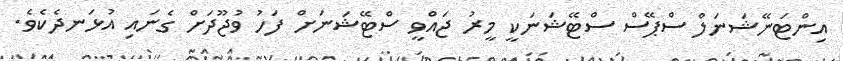
އިންޓަނޭޝަނަލް ސްޕޭސް ސްޓޭޝަނަކީ މީރު ޖައްވީ ސްޓޭޝަނަށް ފަހު ވުޖޫދަށް ގެނައި އުޅަނދެކެވެ.